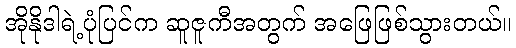
အိုနိုဒါရဲ့ပုံပြင်က ဆူဇူကီအတွက် အဖြေဖြစ်သွားတယ်။